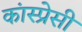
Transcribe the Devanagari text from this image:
कांस्प्रेसी